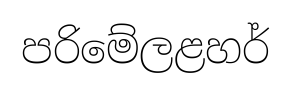
පරිමේලළහර්